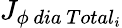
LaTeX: {J}_{\phi\ dia\ Total_{i}}